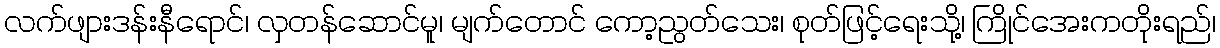
လက်ဖျားဒန်းနီရောင်၊ လှတန်ဆောင်မူ၊ မျက်တောင် ကော့ညွတ်သေး၊ စုတ်ဖြင့်ရေးသို့၊ ကြိုင်အေးကတိုးရည်၊